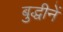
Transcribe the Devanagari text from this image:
बुद्धीनें